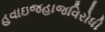
હવાઇજહાજવિરોધી